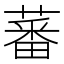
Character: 蕃